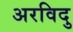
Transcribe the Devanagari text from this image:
अरविदु